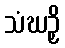
သံဃဉှိ